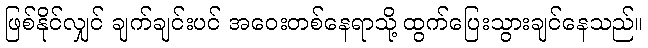
ဖြစ်နိုင်လျှင် ချက်ချင်းပင် အဝေးတစ်နေရာသို့ ထွက်ပြေးသွားချင်နေသည်။